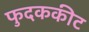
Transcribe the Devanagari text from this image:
फुदककीट